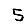
Digit: 5